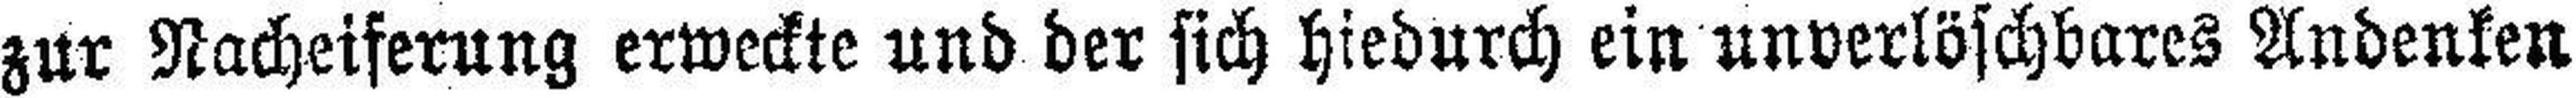
zur Nacheiferung erweckte und der sich hiedurch ein unverlöschbares Andenken